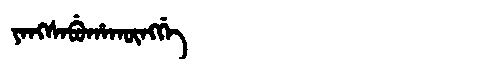
Manchu: ᠶᠠᠩᠰᠠᠪᡠᡥᠠᡴᡡᠩᡤᡝ
Romanization: YANGSABUHAKŪNGGE